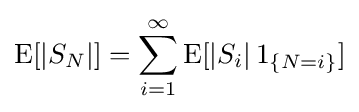
\operatorname {E} [|S_{N}|]=\sum _{i=1}^{\infty }\operatorname {E} [|S_{i}|\,1_{\{N=i\}}]